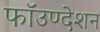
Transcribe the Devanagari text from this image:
फॉउण्देशन